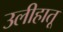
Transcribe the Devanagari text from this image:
उलीहातू